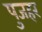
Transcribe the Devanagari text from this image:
पुजहर